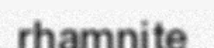
rhamnite